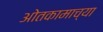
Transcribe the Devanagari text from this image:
ओतकामाच्या